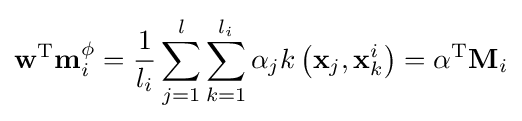
\mathbf {w} ^{\text{T}}\mathbf {m} _{i}^{\phi }={\frac {1}{l_{i}}}\sum _{j=1}^{l}\sum _{k=1}^{l_{i}}\alpha _{j}k\left(\mathbf {x} _{j},\mathbf {x} _{k}^{i}\right)=\mathbf {\alpha } ^{\text{T}}\mathbf {M} _{i}